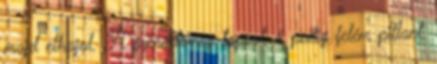
majd elhajol. A gyerektömeg tapsol, ő pedig felém pillant,